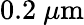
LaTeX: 0.2\ \mu\mathrm{m}